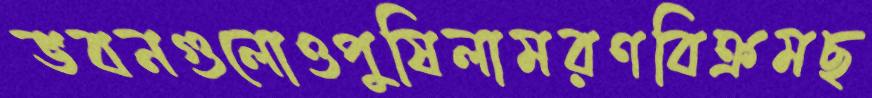
ভবনগুলোওপুষিলামরণবিক্রমছ